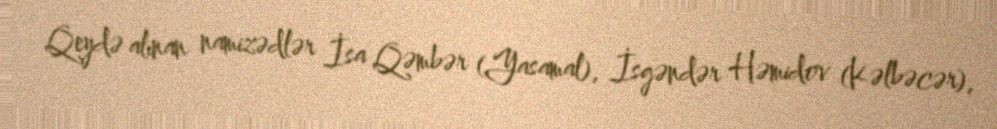
Qeydə alınan namizədlər İsa Qəmbər (Yasamal), İsgəndər Həmidov (Kəlbəcər),